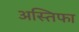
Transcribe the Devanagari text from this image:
अस्तिफा